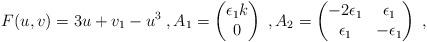
LaTeX: \begin{align*} F(u,v) = 3u + v_1 - u^3\;, A_1 = \begin{pmatrix} \epsilon_1k \\ 0 \end{pmatrix}\;, A_2 = \begin{pmatrix} -2\epsilon_1 & \epsilon_1 \\ \epsilon_1 & -\epsilon_1 \end{pmatrix}\;,\end{align*}